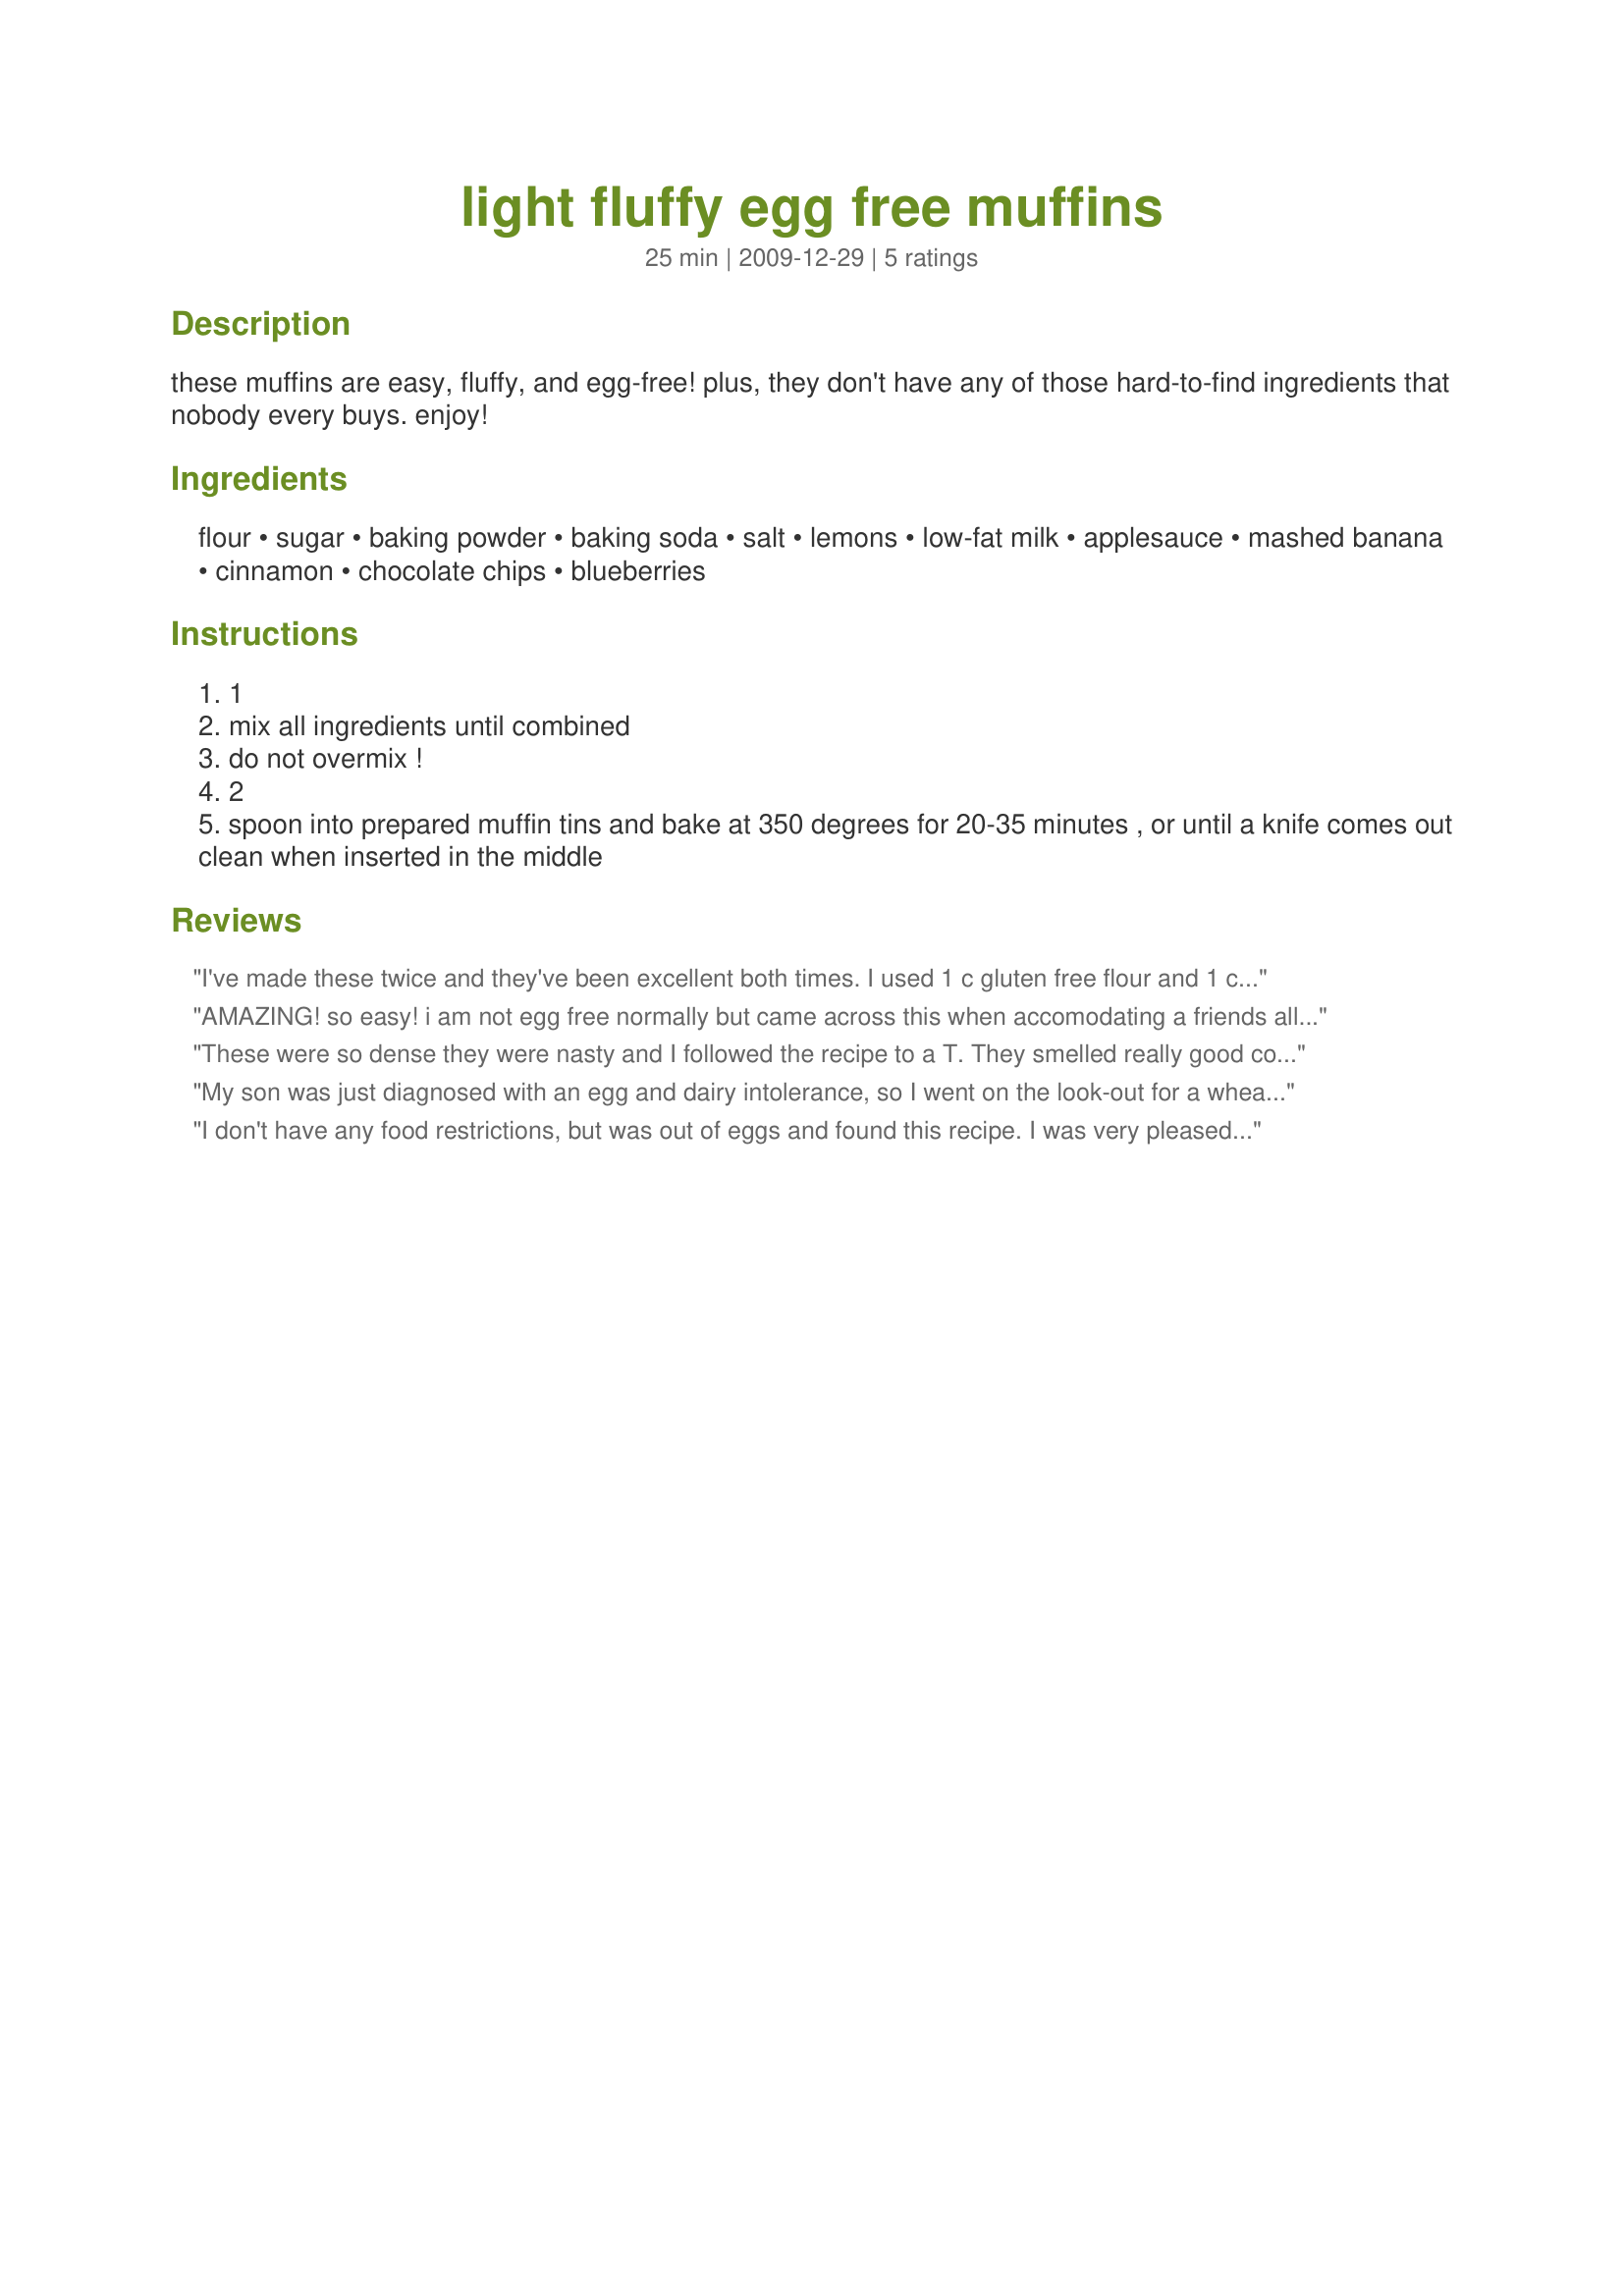
light fluffy egg free muffins
Preparation time: 25 minutes

these muffins are easy, fluffy, and egg-free! plus, they don't have any of those hard-to-find ingredients that nobody every buys. enjoy!

Ingredients:
flour, sugar, baking powder, baking soda, salt, lemons, low-fat milk, applesauce, mashed banana, cinnamon, chocolate chips, blueberries

Steps:
1
mix all ingredients until combined
do not overmix !
2
spoon into prepared muffin tins and bake at 350 degrees for 20-35 minutes , or until a knife comes out clean when inserted in the middle

Reviews:
I've made these twice and they've been excellent both times. I used 1 c gluten free flour and 1 c rolled oats, brown sugar Splenda, soy milk, and 1/2 c mashed banana. I also added 1 tsp each of vanilla extra and ground cinnamon. While I don't have an egg allergy, I don't usually keep them in the house so this is a great go-to recipe for me. Thank you so much for posting!
AMAZING! so easy! i am not egg free normally but came across this when accomodating a friends allergy needs and am replacing my usual muffin recipe with this. The are super moist, super quick. 2 things ive learned with muffin, cupcake and cake making, preheat the oven a bit hotter than normal,say 220 degrees Celsius leave at that temp for 1st 5 mins to really activate the baking powder, than lower to temp the recipe calls for(usually 180). Also, i ALWAYS substitute 3T of flour for 3T of corn flour per cup of flour called for. makes them stay really fluffy. These muffins stayed moist and soft for days rather than drying out a bit on the outside like usual cupcakes and muffins. love it!
These were so dense they were nasty and I followed the recipe to a T. They smelled really good coming out of the oven, that is their only redeeming quality. my toddler wouldn't even eat them
My son was just diagnosed with an egg and dairy intolerance, so I went on the look-out for a wheat muffin he and my daughter could enjoy! And I found it! I subbed rice milk for cow's milk and coconut milk yogurt for the applesauce. I would maybe add a touch of oil next time, maybe a couple of Tablespoons, just to help them stick together more.
I don't have any food restrictions, but was out of eggs and found this recipe. I was very pleased with the finished product.
